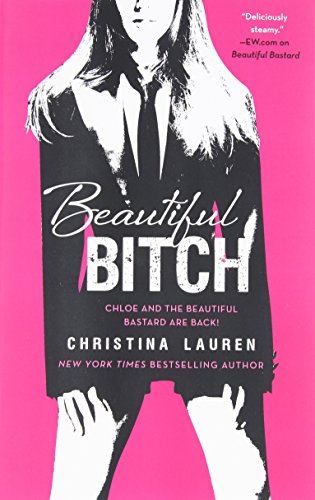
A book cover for Beautiful Bitch (The Beautiful Series); Christina Lauren; Romance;